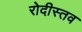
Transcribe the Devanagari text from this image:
रोदीस्तव